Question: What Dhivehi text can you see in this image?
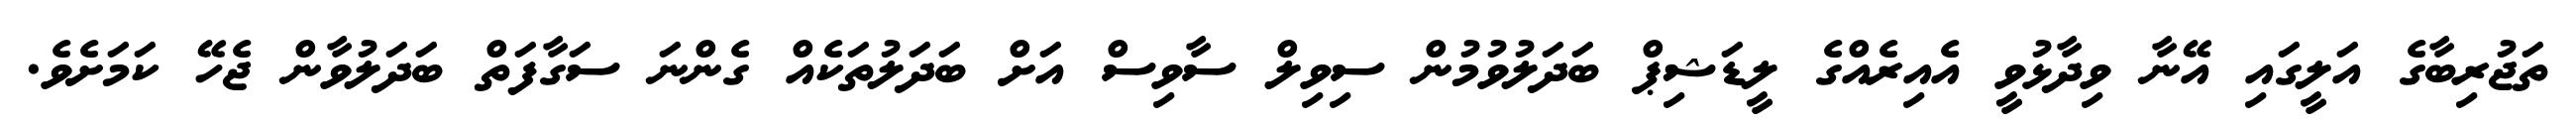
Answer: ތަޖުރިބާގެ އަލީގައި އޭނާ ވިދާޅުވީ އެއިރެއްގެ ލީޑަޝިޕް ބަދަލުވުމުން ސިވިލް ސާވިސް އަށް ބަދަލުތަކެއް ގެންނަ ސަގާފަތް ބަދަލުވާން ޖެހޭ ކަމަށެވެ.